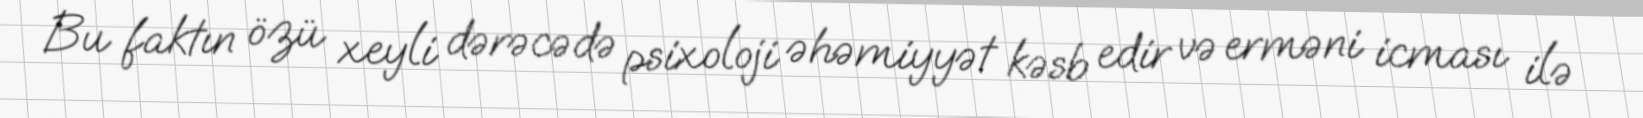
Bu faktın özü xeyli dərəcədə psixoloji əhəmiyyət kəsb edir və erməni icması ilə